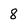
Character: 8